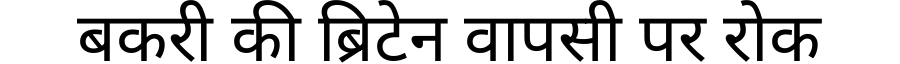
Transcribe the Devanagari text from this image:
बकरी की ब्रिटेन वापसी पर रोक